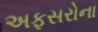
અફસરોના